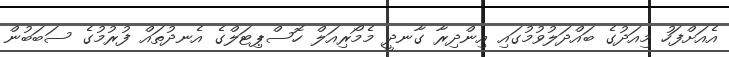
އެއަށްފަހު މިއަދުގެ ބައްދަލުވުމުގައި އިންދިރާ ގާނދީ މެމޯރިއަލް ހޮސްޕިޓަލްގެ އެނދުތައް ފުރުމުގެ ސަބަބުން